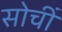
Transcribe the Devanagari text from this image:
सोचीं